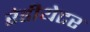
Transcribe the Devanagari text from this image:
रेडीयेटर